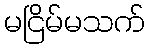
မငြိမ်မသက်